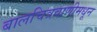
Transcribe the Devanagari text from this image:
बालचित्रवाणीमधून